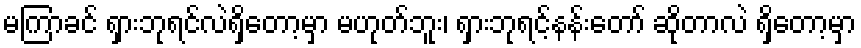
မကြာခင် ရှားဘုရင်လဲရှိတော့မှာ မဟုတ်ဘူး၊ ရှားဘုရင့်နန်းတော် ဆိုတာလဲ ရှိတော့မှာ